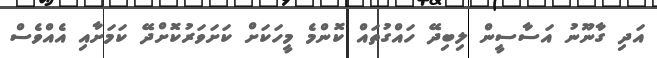
އަދި ގާނޫނު އަސާސީން ލިބިދޭ ހައްގުތައް ކޮންމެ މީހަކަށް ކަށަވަރުކޮށްދޭ ކަމަށާއި އެއްވެސް